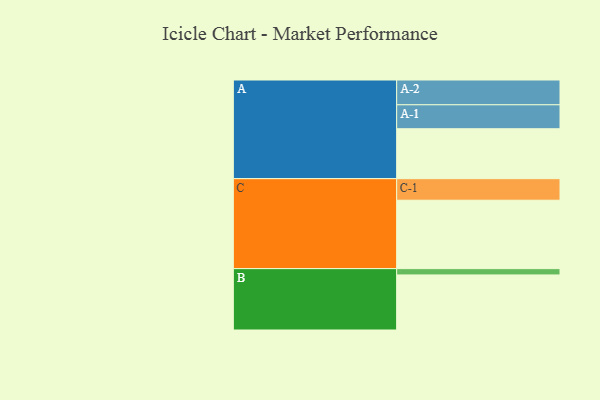
{"axis": {"x": "Segment", "y": "Value"}, "legend": ["", "A", "B", "C"], "data": [{"x": "A", "y": 419, "type": ""}, {"x": "B", "y": 462, "type": ""}, {"x": "C", "y": 574, "type": ""}, {"x": "A-1", "y": 201, "type": "A"}, {"x": "A-2", "y": 208, "type": "A"}, {"x": "B-1", "y": 53, "type": "B"}, {"x": "C-1", "y": 181, "type": "C"}]}